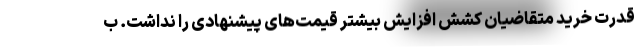
قدرت خرید متقاضیان کشش افزایش بیشتر قیمت‌های پیشنهادی را نداشت. ب